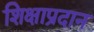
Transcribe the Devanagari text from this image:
शिक्षाप्रदान